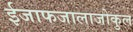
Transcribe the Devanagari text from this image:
ईजाफजालाजोकुल